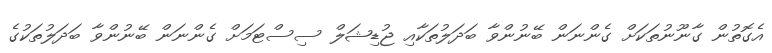
އެގޮތުން ގާނޫނުތަކަށް ގެންނަން ބޭނުންވާ ބަދަލުތަކާއި ޖުޑިޝަލް ސިސްޓަމަށް ގެންނަން ބޭނުންވާ ބަދަލުތަކުގެ